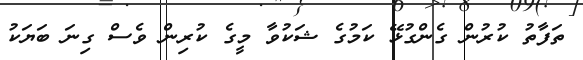
ތަފާތު ކުރުން ގެންގުޅޭ ކަމުގެ ޝަކުވާ މީގެ ކުރިން ވެސް ގިނަ ބަޔަކު